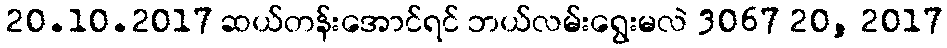
20.10.2017 ဆယ်တန်းအောင်ရင် ဘယ်လမ်းရွေးမလဲ 3067 20, 2017